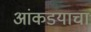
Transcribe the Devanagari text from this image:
आंकडयाचा